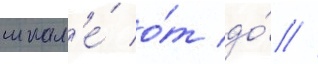
шкал'е́ о́т до́ //